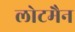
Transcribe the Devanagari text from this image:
लोटमैन